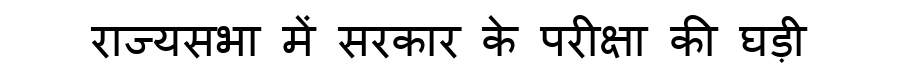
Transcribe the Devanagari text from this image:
राज्यसभा में सरकार के परीक्षा की घड़ी